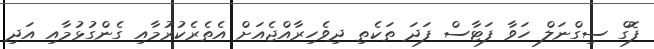
ފޮގް ސިގްނަލް ހަވާ ފަޓާސް ފަދަ ތަކެތި ދިވެހިރާއްޖެއަށް އެތެރެކުރުމާއި ގެންގުޅުމާއި އަދި